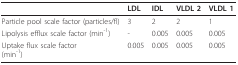
|  | LDL | IDL | VLDL 2 | VLDL 1 |
 | --- | --- | --- | --- | --- |
 | Particle pool scale factor (particles/fl) | 3 | 2 | 2 | 1 |
 | Lipolysis efflux scale factor (min-1) | - | 0.005 | 0.005 | 0.005 |
 | Uptake flux scale factor(min-1) | 0.005 | 0.005 | 0.005 | 0.005 |